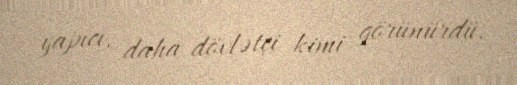
yapıcı, daha dövlətçi kimi görünürdü.